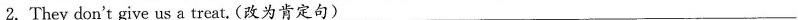
2.They don't give us a treat.(改为肯定句)